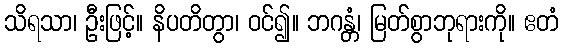
သိရသာ၊ ဦးဖြင့်။ နိပတိတွာ၊ ဝင်၍။ ဘဂန္တံ၊ မြတ်စွာဘုရားကို။ ဧတံ